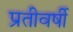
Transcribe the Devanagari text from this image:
प्रतीवर्षी